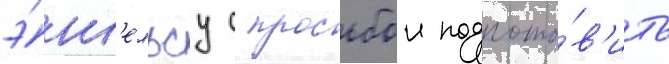
э́нг'ельсу с просьбои подгото́в'ить